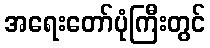
အရေးတော်ပုံကြီးတွင်